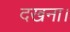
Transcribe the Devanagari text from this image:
दखना।